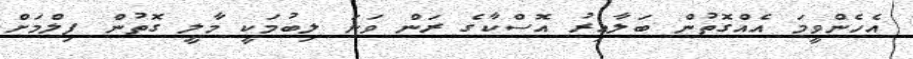
އެހެންވީމަ އެއްގޮތުން ބަލާއިރު އޮސްކާގެ ރަން ވަނަ ލިބުމަކީ މާލީ ގޮތުން ފިލްމަށް